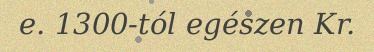
e. 1300-tól egészen Kr.